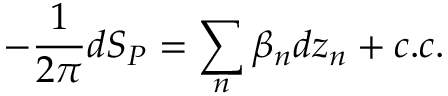
- \frac { 1 } { 2 \pi } d S _ { P } = \sum _ { n } \beta _ { n } d z _ { n } + c . c .